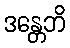
ဒန္တေဘိ